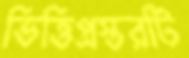
ভিত্তিপ্রস্তরটি